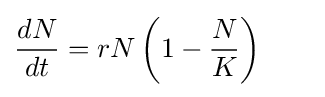
{\frac {dN}{dt}}=rN\left(1-{\frac {N}{K}}\right)\qquad \!